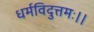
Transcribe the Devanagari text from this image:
धर्मविदुत्तमः।।